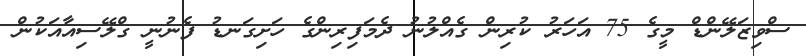
ސްވިޒަލޭންޑް މީގެ 75 އަހަރު ކުރިން ގެއްލުނު ދެމަފިރިންގެ ހަށިގަނޑު ފެނުނީ ގްލޭސިއާއަކުން